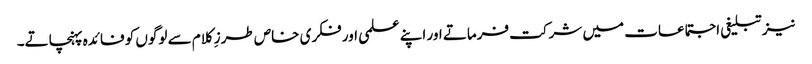
نیز تبلیغی اجتماعات میں شرکت فرماتے اور اپنے علمی اور فکری خاص طرزِ کلام سے لوگوں کو فائدہ پہنچاتے۔